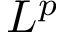
L ^ { p }